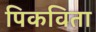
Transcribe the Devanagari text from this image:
पिकविता